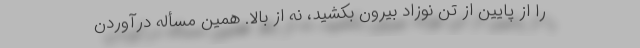
را از پایین از تن نوزاد بیرون بکشید، نه از بالا. همین مسأله درآوردن